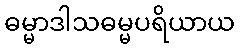
ဓမ္မာဒါသဓမ္မပရိယာယ